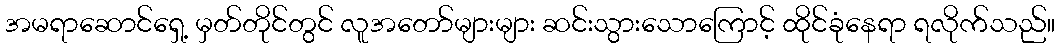
အမရာဆောင်ရှေ့ မှတ်တိုင်တွင် လူအတော်များများ ဆင်းသွားသောကြောင့် ထိုင်ခုံနေရာ ရလိုက်သည်။